Annual report on the working of the Harcourt Butler Institute of Public Health, Rangoon
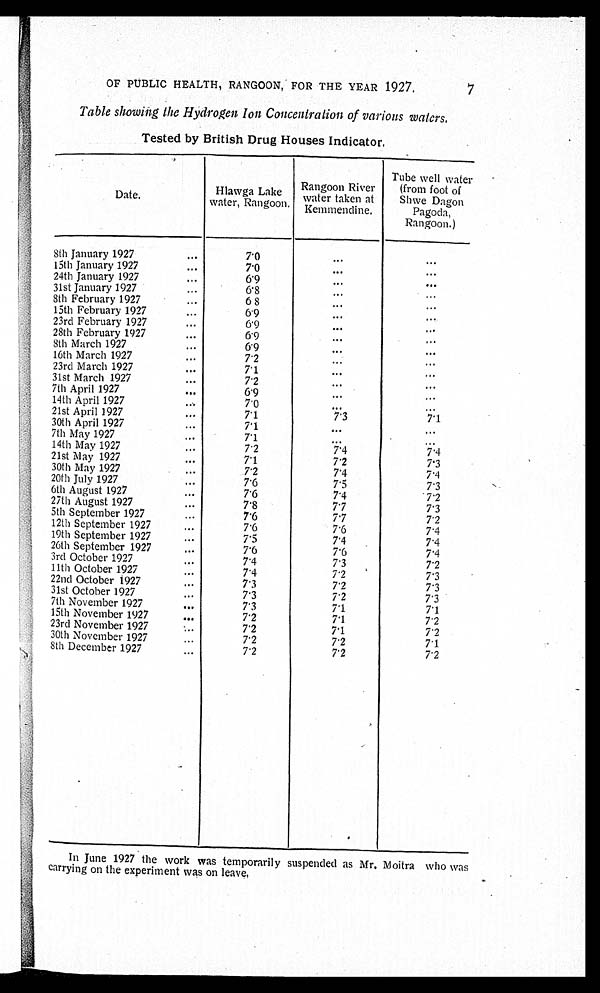
7
OF PUBLIC HEALTH, RANGOON, FOR THE YEAR 1927.
Table showing the Hydrogen Ion Concentration of various waters.
Tested by British Drug Houses Indicator.
D a t e .
Hlawga Lake
water Rangoon.
Rangoon River
water taken at
Kemmendine.
Tube well wat
er (from foot of
Shwe Dagon
Pagoda,
Rangoon.)
8th January 1927
7.0
. . .
. . .
15th January 1927
7.0
. . .
. . .
24th January 1927
6.9
. . .
. . .
31st January 1927
6.8
... ...
8th February 1927
6.8
. . .
. . .
15th February 1927
6.9
...
. . .
23rd February 1927
6.9
. . .
. . .
28th February 1927
6.9
. . .
...
8th March 1927
6.9
. . .
. . .
16th March 1927
7.2
. . .
...
23rd March 1927
7.1
. . .
. . .
31st March 1927
7.2
...
. . .
7th April 1927
6.9
. . .
. . .
14th April 1927
7.0
. . .
...
21st April 1927
7.1
7.3
7.1
30th April 1927
7.1
. . .
. . .
7th May 1927
7.1
... ...
14th May 1927
7.2
7.4
7.4
21st May 1927
7.1
7.2
7.3
30th May 1927
7.2
7.4
7.4
20th July 1927
7.6
7.5
7.3
6th August 1927
7.6
7.4
7.2
27th August 1927
7.8
7.7
7.3
5th September 1927
7.6
7.7
7.2
12th September 1927
7.6
7.6
7.4
19th September 1927
7.5
7.4
7.4
26th September 1927
7.6
7.6
7.4
3rd October 1927
7.4
7.3
7.2
11th October 1927
7.4
7.2
7.3
22nd October 1927
7.3
7.2
7.3
31st October 1927
7.3
7.2
7.3
7th November 1927
7.3
7.1
7.1
15th November 1927
7.2
7.1
7.2
23rd November 1927
7.2
7.1
7.2
30th November 1927
7.2
7.2
7.1
8th December 1927
7.2
7.2
7.2
In June 1927 the work was temporarily suspended as Mr. Moitra who was
carrying on the experiment was on leave.